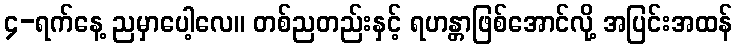
၄-ရက်နေ့ ညမှာပေါ့လေ။ တစ်ညတည်းနှင့် ရဟန္တာဖြစ်အောင်လို့ အပြင်းအထန်